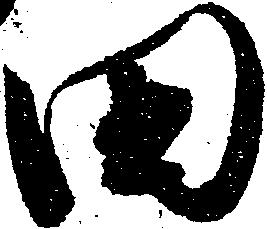
田